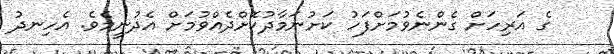
ގެ އަރިހަށް ގެންނެވުމަށްފަހު ކަށުނަމާދުކޮށްދެއްވުމަށް އެދުނީމެވެ. އެހިނދު